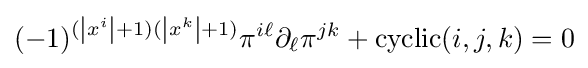
(-1)^{(\left|x^{i}\right|+1)(\left|x^{k}\right|+1)}\pi ^{i\ell }\partial _{\ell }\pi ^{jk}+{\rm {cyclic}}(i,j,k)=0